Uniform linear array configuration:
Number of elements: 32
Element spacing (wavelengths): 0.5
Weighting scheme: uniform
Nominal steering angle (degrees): -60
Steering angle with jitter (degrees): -61.257
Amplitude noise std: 0.05
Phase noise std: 0.05

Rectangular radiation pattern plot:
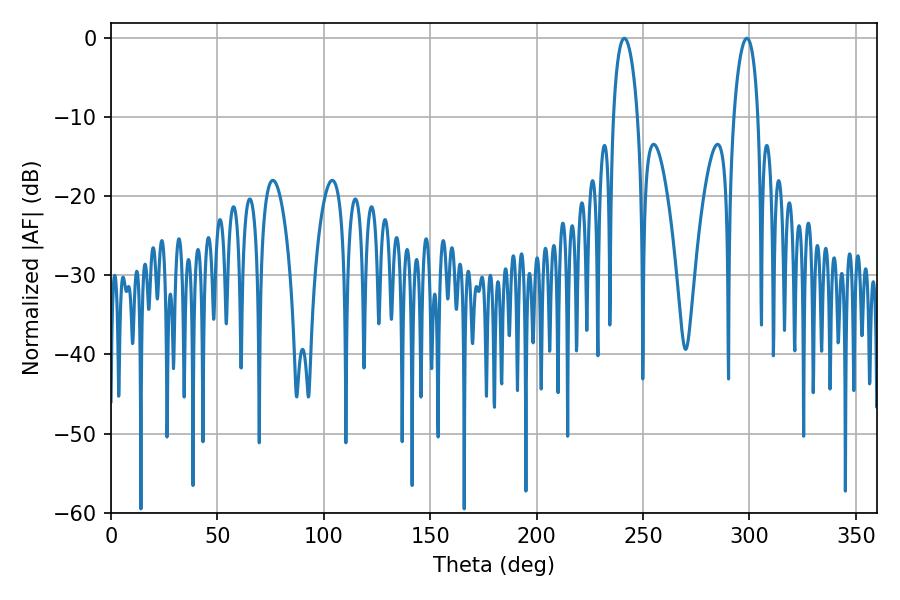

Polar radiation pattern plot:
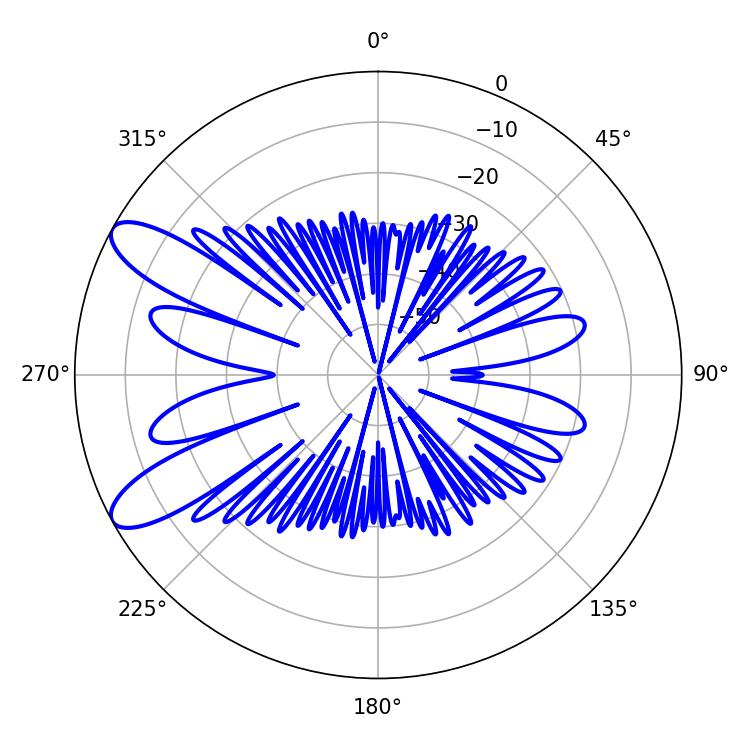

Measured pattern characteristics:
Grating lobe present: FALSE
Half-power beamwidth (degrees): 6.48
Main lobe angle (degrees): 241.2